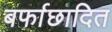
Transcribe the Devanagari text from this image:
बर्फाछादित